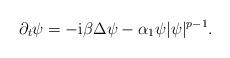
LaTeX: \begin{align*}\partial_t \psi =-\mathrm i \beta \Delta \psi - \alpha_1 \psi |\psi|^{p-1}.\end{align*}